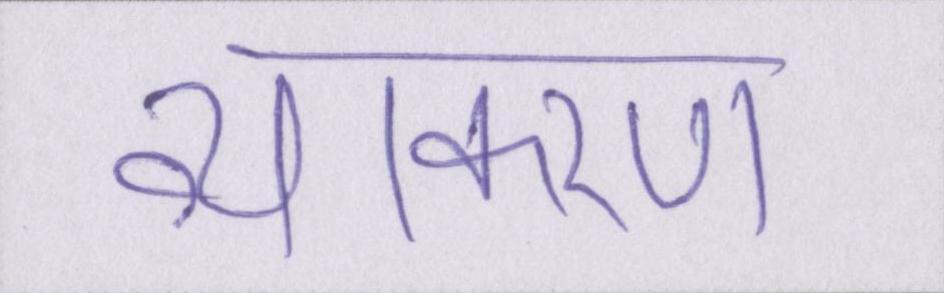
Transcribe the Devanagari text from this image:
व्याकरण